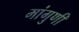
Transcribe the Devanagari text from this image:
मांगुणी